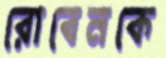
রোবেনকে